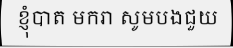
ខ្ញុំបាត មករា សូមបងជួយ